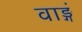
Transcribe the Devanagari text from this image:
वाङ्गं